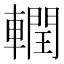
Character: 𮝧